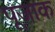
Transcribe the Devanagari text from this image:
पूजाक